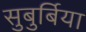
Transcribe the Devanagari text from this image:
सुबुर्बिया